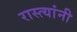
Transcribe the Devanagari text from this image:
रास्त्यांनी